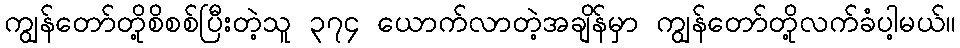
ကျွန်တော်တို့စိစစ်ပြီးတဲ့သူ ၃၇၄ ယောက်လာတဲ့အချိန်မှာ ကျွန်တော်တို့လက်ခံပါ့မယ်။